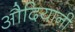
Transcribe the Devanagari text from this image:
औदियानी